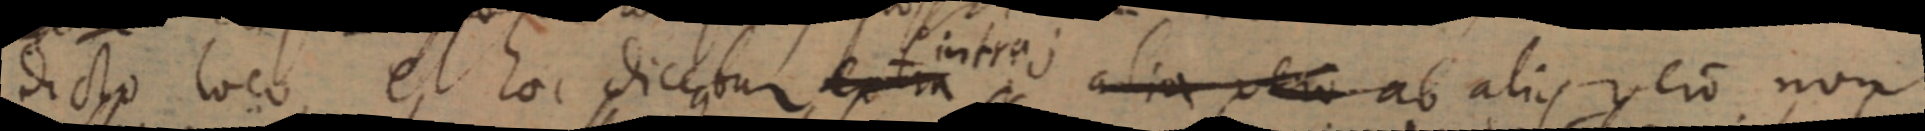
dicto loco et hoc dicebus extra intra; alia vero ab alius vero non